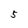
Character: 5